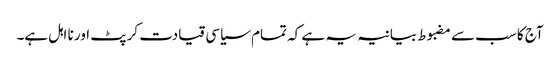
آج کا سب سے مضبوط بیانیہ یہ ہے کہ تمام سیاسی قیادت کرپٹ اور نا اہل ہے۔